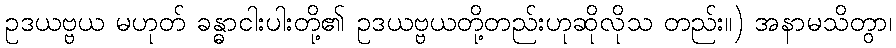
ဥဒယဗ္ဗယ မဟုတ် ခန္ဓာငါးပါးတို့၏ ဥဒယဗ္ဗယတို့တည်းဟုဆိုလိုသ တည်း။) အနာမသိတွာ၊